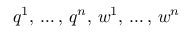
\displaystyle q ^ { 1 } , \, \ldots , \, q ^ { n } , \, w ^ { 1 } , \, \ldots , \, w ^ { n }